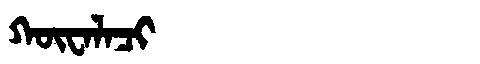
Manchu: ᡴᡡᠸᠠᠯᠠᠴᡳ
Romanization: KŪWALACI